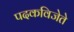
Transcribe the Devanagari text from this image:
पदकविजेते